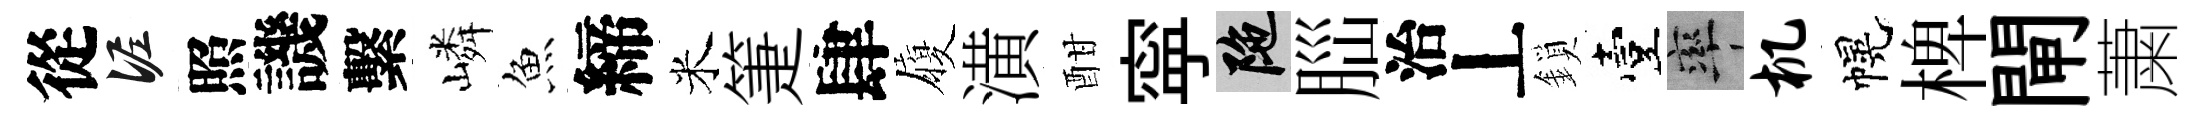
從泥照譏繫嶙魚締米箑肆履潢酣寜陀𦛁治丄鎖臺率机幌椑閘䔥